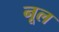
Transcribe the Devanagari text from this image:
नूल